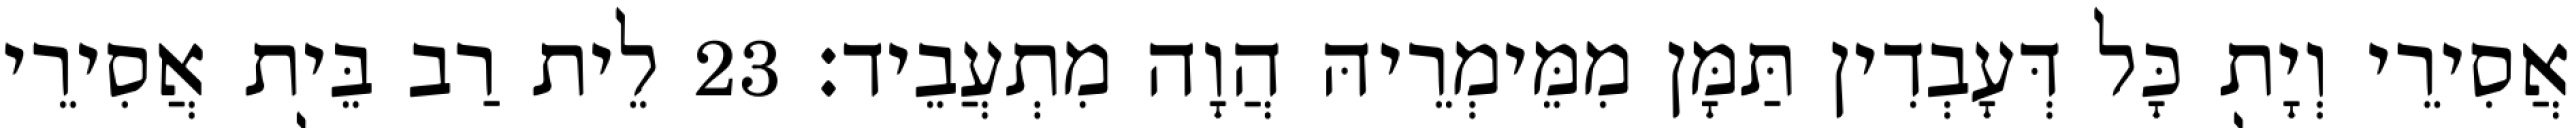
אֲסִירֵי וְיָת כָּל דְּעָבְדִין תַּמָּן מִמֵּימְרֵיהּ הֲוָה מִתְעֲבֵיד׃ 23 לֵית רַב בֵּית אֲסִירֵי